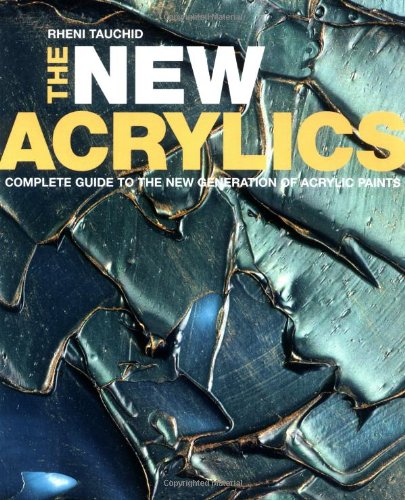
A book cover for The New Acrylics: Complete Guide to the New Generation of Acrylic Paints; Rheni Tauchid; Arts & Photography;